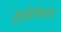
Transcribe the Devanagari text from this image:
इंजीनियस